Report of the Municipal Commissioner on the plague in Bombay for the year ending 31st May... - Volume 1
Disease focus: Plague
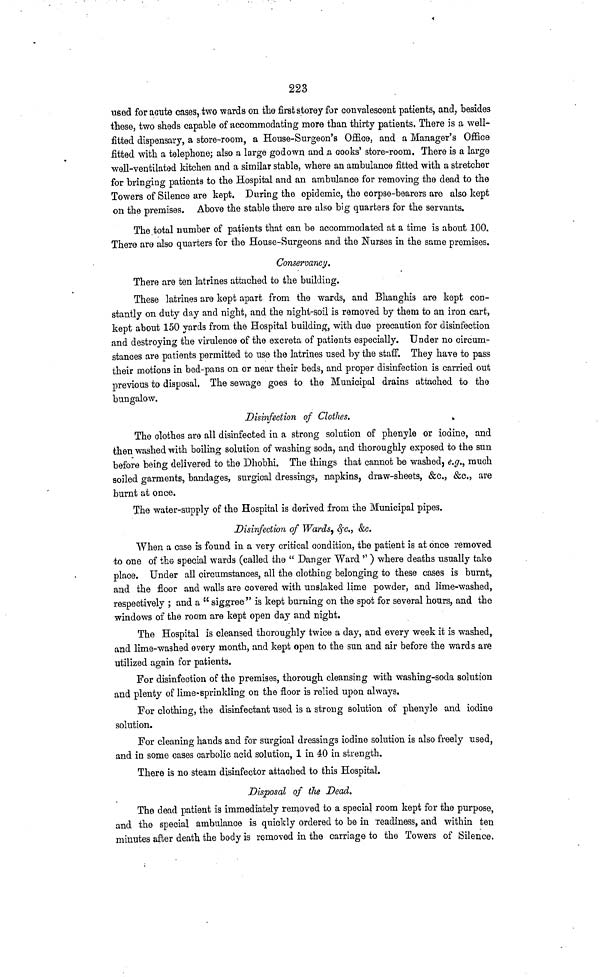
223
used for acute cases, two wards on the first storey for convalescent patients, and, besides
these, two sheds capable of accommodating more than thirty patients. There is a well-
fitted dispensary, a store-room, a House-Surgeon's Office, and a Manager's Office
fitted with a telephone; also a large godown and a cooks' store-room. There is a large
well-ventilated kitchen and a similar stable, where an ambulance fitted with a stretcher
for bringing patients to the Hospital and an ambulance for removing the dead to the
Towers of Silence are kept. During the epidemic, the corpse-bearers are also kept
on the premises. Above the stable there are also big quarters for the servants.
The total number of patients that can be accommodated at a time is about 100.
There are also quarters for the House-Surgeons and the Nurses in the same premises.
Conservancy.
There are ten latrines attached to the building.
These latrines are kept apart from the wards, and Bhanghis are kept con-
stantly on duty day and night, and the night-soil is removed by them to an iron cart,
kept about 150 yards from the Hospital building, with due precaution for disinfection
and destroying the virulence of the excreta of patients especially. Under no circum-
stances are patients permitted to use the latrines used by the staff. They have to pass
their motions in bed-pans on or near their beds, and proper disinfection is carried out
previous to disposal. The sewage goes to the Municipal drains attached to the
bungalow.
Disinfection of Clothes.
The clothes are all disinfected in a strong solution of pheuyle or iodine, and
then washed with boiling solution of washing soda, and thoroughly exposed to the sun
before being delivered to the Dhobhi. The things that cannot be washed, e.g., much
soiled garments, bandages, surgical dressings, napkins, draw-sheets, &c., &c., are
burnt at once.
The water-supply of the Hospital is derived from the Municipal pipes.
Disinfection of Wards, &c., &c.
When a case is found in a very critical condition, the patient is at once removed
to one of the special wards (called the "Danger Ward") where deaths usually take
place. Under all circumstances, all the clothing belonging to these cases is burnt,
and the floor and walls are covered with unslaked lime powder, and lime-washed,
respectively; and a "siggree" is kept burning on the spot for several hours, and the
windows of the room are kept open day and night.
The Hospital is cleansed thoroughly twice a day, and every week it is washed,
and lime-washed every month, and kept open to the sun and air before the wards are
utilized again for patients.
For disinfection of the premises, thorough cleansing with washing-soda solution
and plenty of lime-sprinkling on the floor is relied upon always.
For clothing, the disinfectant used is a strong solution of phenyle and iodine
solution.
For cleaning hands and for surgical dressings iodine solution is also freely used,
and in some cases carbolic acid solution, 1 in 40 in strength,
There is no steam disinfector attached to this Hospital.
Disposal of the Dead.
The dead patient is immediately removed to a special room kept for the purpose,
and the special ambulance is quickly ordered to be in readiness, and within ten
minutes after death the body is removed in the carriage to the Towers of Silence.